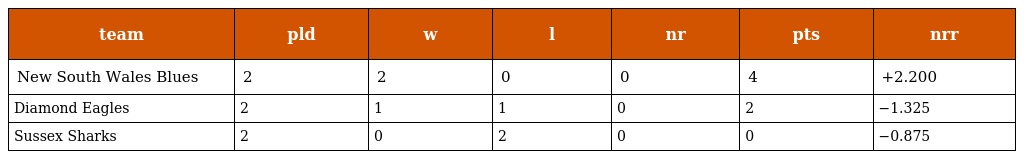
| team | pld | w | l | nr | pts | nrr |
 | --- | --- | --- | --- | --- | --- | --- |
 | New South Wales Blues | 2 | 2 | 0 | 0 | 4 | +2.200 |
 | Diamond Eagles | 2 | 1 | 1 | 0 | 2 | −1.325 |
 | Sussex Sharks | 2 | 0 | 2 | 0 | 0 | −0.875 |